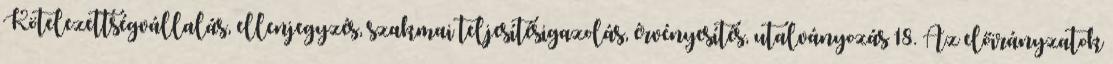
Kötelezettségvállalás, ellenjegyzés, szakmai teljesítésigazolás, érvényesítés, utalványozás 18. Az előirányzatok